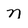
Character: n